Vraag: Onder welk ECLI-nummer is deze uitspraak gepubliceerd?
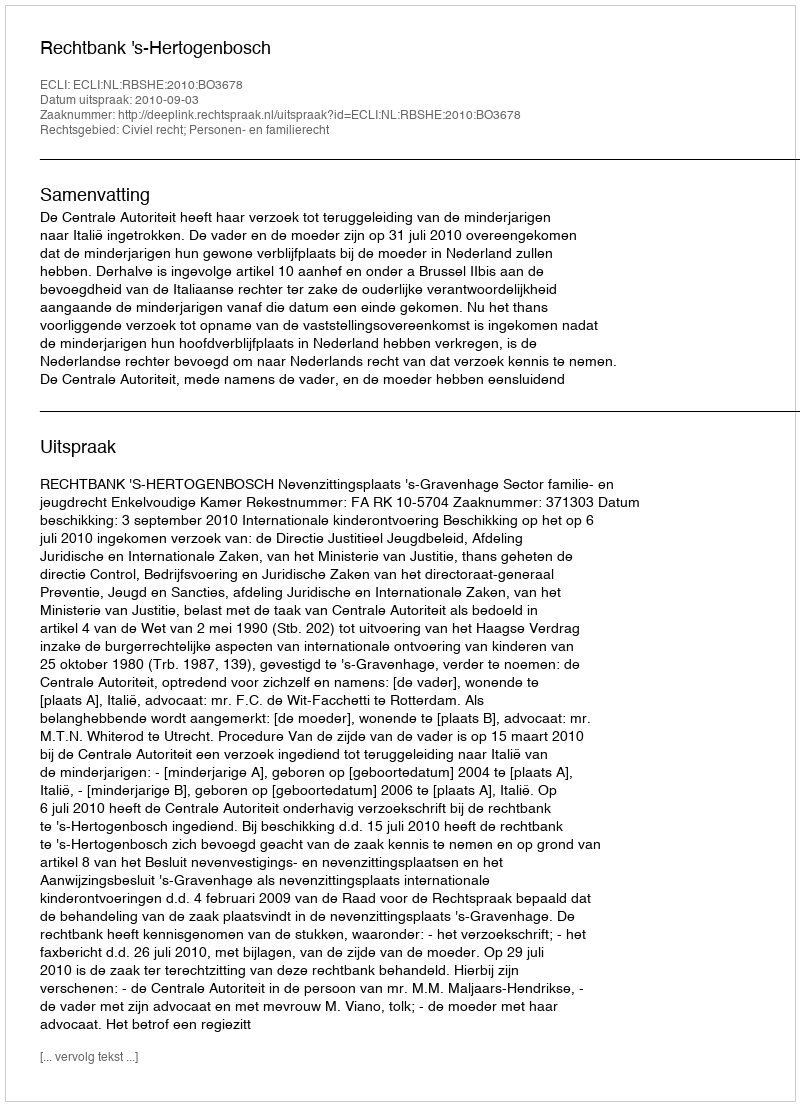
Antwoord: ECLI:NL:RBSHE:2010:BO3678